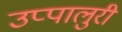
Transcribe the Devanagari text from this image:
उप्पालुरी